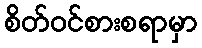
စိတ်ဝင်စားစရာမှာ